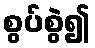
စွပ်စွဲ၍